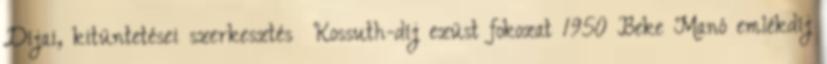
Díjai, kitüntetései szerkesztés Kossuth-díj ezüst fokozat 1950 Beke Manó emlékdíj